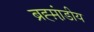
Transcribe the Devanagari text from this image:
ब्रह्म़ा़ंडीय